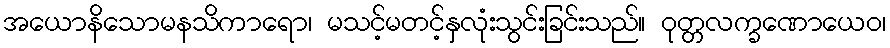
အယောနိသောမနသိကာရော၊ မသင့်မတင့်နှလုံးသွင်းခြင်းသည်။ ဝုတ္တလက္ခဏောယေဝ၊